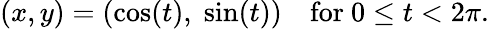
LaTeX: (x,y)=(\cos(t),\; \sin(t))\quad\mathrm{for}\ 0\leq t<2\pi.